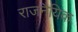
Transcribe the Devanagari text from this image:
राजनैयिक